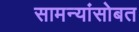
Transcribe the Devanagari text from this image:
सामन्यांसोबत